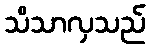
သိသာလှသည်